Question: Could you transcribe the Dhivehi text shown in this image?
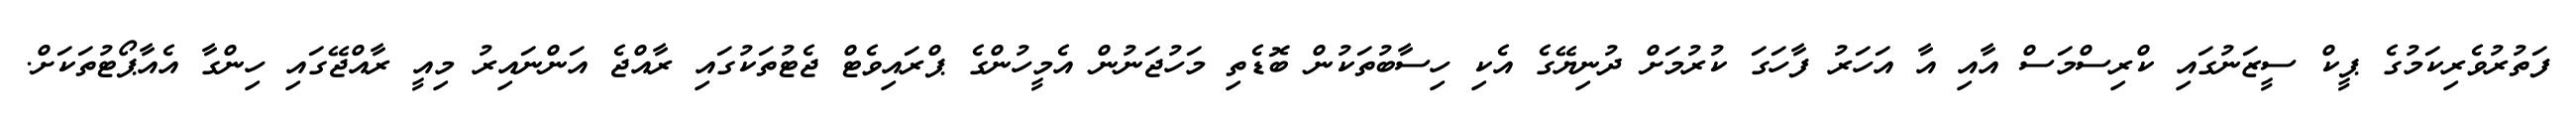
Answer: ފަތުރުވެރިކަމުގެ ޕީކް ސީޒަނުގައި ކްރިސްމަސް އާއި އާ އަހަރު ފާހަގަ ކުރުމަށް ދުނިޔޭގެ އެކި ހިސާބުތަކުން ބޮޑެތި މަހުޖަނުން އެމީހުންގެ ޕްރައިވެޓް ޖެޓުތަކުގައި ރާއްޖެ އަންނައިރު މިއީ ރާއްޖޭގައި ހިންގާ އެއާޕޯޓުތަކަށް.